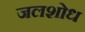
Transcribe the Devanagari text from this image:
जलशोध